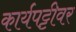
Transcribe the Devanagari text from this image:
कार्यपट्टीवर